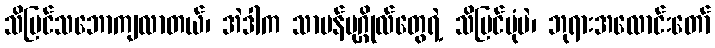
သိမြင်သဘောကျလာတယ်၊ အဲဒါက သာမန်ပုဂ္ဂိုလ်တွေရဲ့ သိမြင်ပုံပဲ၊ ဘုရားအလောင်းတော်